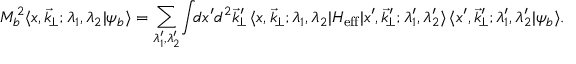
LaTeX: M _ { b } ^ { 2 } \langle x , \vec { k } _ { \! \perp } ; \lambda _ { 1 } , \lambda _ { 2 } \vert \psi _ { b } \rangle = \sum _ { \lambda _ { 1 } ^ { \prime } , \lambda _ { 2 } ^ { \prime } } \! \int \! \! d x ^ { \prime } d ^ { 2 } \vec { k } _ { \! \perp } ^ { \prime } \, \langle x , \vec { k } _ { \! \perp } ; \lambda _ { 1 } , \lambda _ { 2 } \vert H _ { \mathrm { e f f } } \vert x ^ { \prime } , \vec { k } _ { \! \perp } ^ { \prime } ; \lambda _ { 1 } ^ { \prime } , \lambda _ { 2 } ^ { \prime } \rangle \, \langle x ^ { \prime } , \vec { k } _ { \! \perp } ^ { \prime } ; \lambda _ { 1 } ^ { \prime } , \lambda _ { 2 } ^ { \prime } \vert \psi _ { b } \rangle .